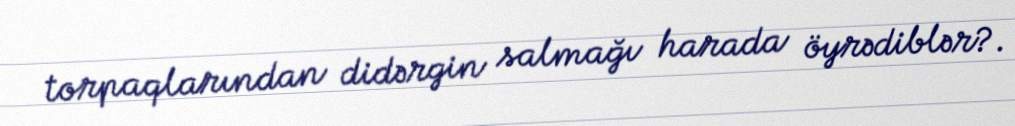
torpaqlarından didərgin salmağı harada öyrədiblər?.